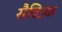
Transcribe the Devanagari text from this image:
सैविउक